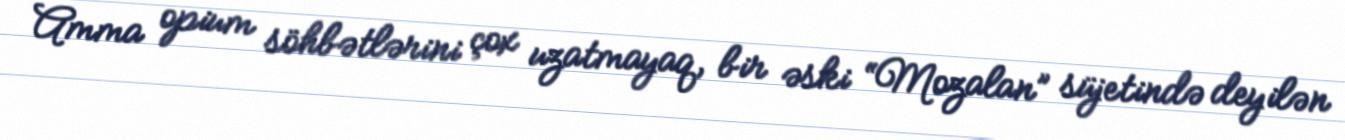
Amma opium söhbətlərini çox uzatmayaq, bir əski “Mozalan” süjetində deyilən